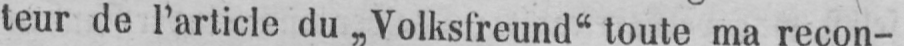
teur de l’article du „Volksfreund“ toute ma recon-